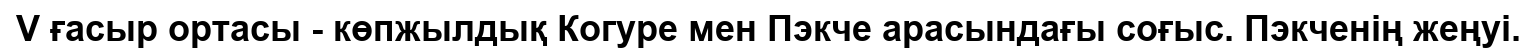
V ғасыр ортасы - көпжылдық Когуре мен Пэкче арасындағы соғыс. Пэкченің жеңуі.